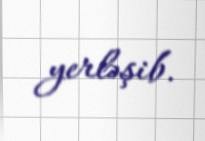
yerləşib.